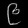
Digit: ၉